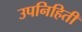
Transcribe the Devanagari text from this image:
उपनिहिती